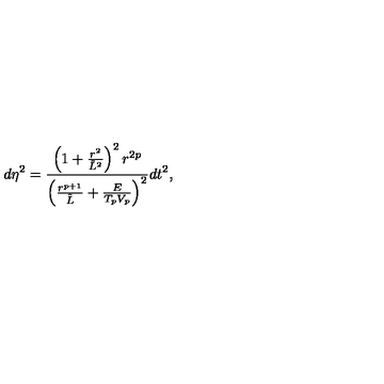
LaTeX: d \eta ^ { 2 } = { \frac { \left( 1 + { \frac { r ^ { 2 } } { \tilde { L } ^ { 2 } } } \right) ^ { 2 } r ^ { 2 p } } { \left( { \frac { r ^ { p + 1 } } { \tilde { L } } } + { \frac { E } { T _ { p } V _ { p } } } \right) ^ { 2 } } } d t ^ { 2 } ,